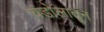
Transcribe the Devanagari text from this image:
चंडोलातून